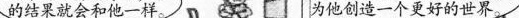
的结果就会和他一样。为他创造一个更好的世界